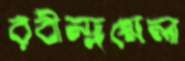
রবীন্দ্রমেলা